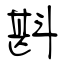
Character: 斟